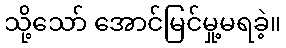
သို့သော် အောင်မြင်မှု့မရခဲ့။